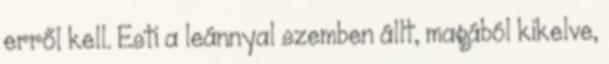
erről kell. Esti a leánnyal szemben állt, magából kikelve,